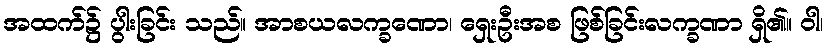
အထက်၌ ပွါးခြင်း သည်။ အာစယလက္ခဏော၊ ရှေးဦးအစ ဖြစ်ခြင်းလက္ခဏာ ရှိ၏။ ဝါ၊